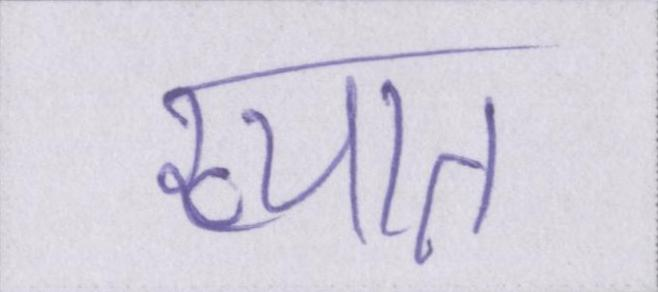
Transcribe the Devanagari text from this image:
ख्यात